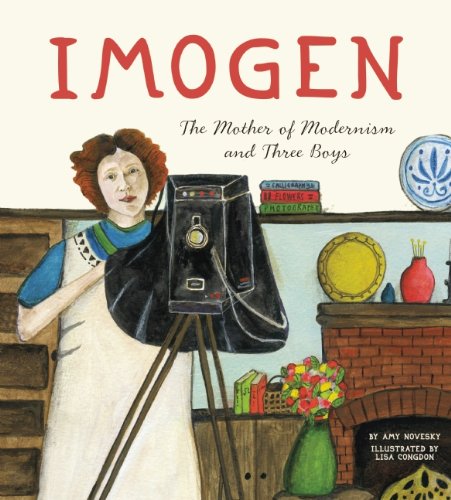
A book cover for Imogen: The Mother of Modernism and Three Boys; Amy Novesky; Children's Books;